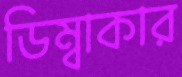
ডিম্বাকার